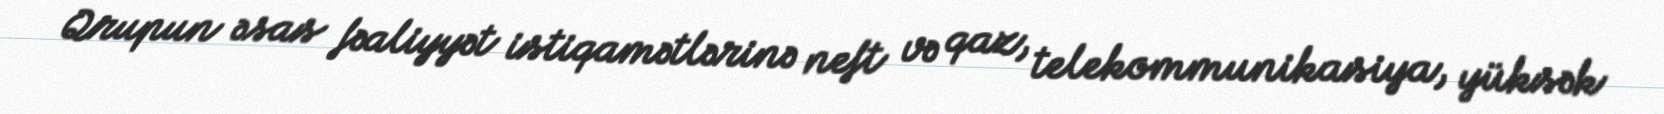
Qrupun əsas fəaliyyət istiqamətlərinə neft və qaz, telekommunikasiya, yüksək